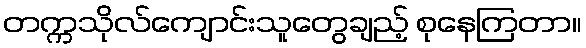
တက္ကသိုလ်ကျောင်းသူတွေချည့် စုနေကြတာ။